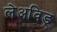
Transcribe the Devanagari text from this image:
लेअविङ्